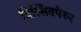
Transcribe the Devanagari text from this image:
त्रिस्सिवपेरुर